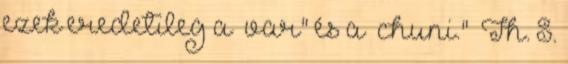
ezek eredetileg a „var" és a „chuni." Th. S.